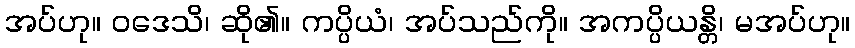
အပ်ဟု။ ဝဒေသိ၊ ဆို၏။ ကပ္ပိယံ၊ အပ်သည်ကို။ အကပ္ပိယန္တိ၊ မအပ်ဟု။